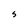
Character: S